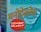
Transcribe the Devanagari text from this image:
मनोदेवतेस